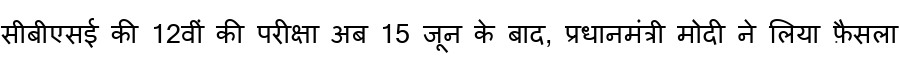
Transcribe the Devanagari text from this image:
सीबीएसई की 12वीं की परीक्षा अब 15 जून के बाद, प्रधानमंत्री मोदी ने लिया फ़ैसला